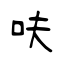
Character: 呋